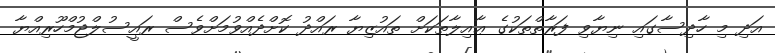
އަދި މި ހާދިސާގައި ނިޔާވި ފަރާތްތަކުގެ ޢާއިލާތަކަށް ތައުޒިޔާ ރައްދު ކޮށްދެއްވުމަށްވެސް ރައީސުލްޖުމްހޫރިއްޔާ